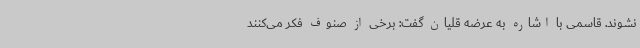
نشوند. قاسمی با اشاره به عرضه قلیان گفت: برخی از صنوف فکر می‌کنند